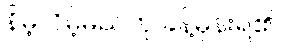
နိမ့်လိမ့်မည်ဟု ခန့်မှန်းရ၏ ။